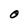
Character: O